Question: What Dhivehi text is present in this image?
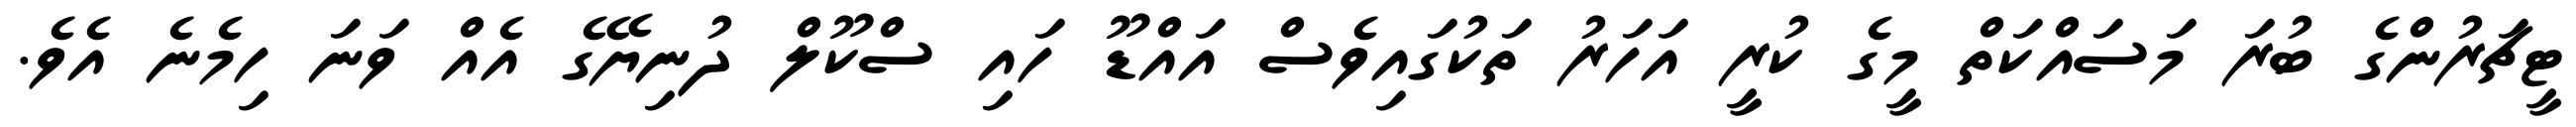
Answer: ޓީޗަރުންގެ ބުރަ މަސައްކަތް މީގެ ކުރީ އަހަރު ތަކުގައިވެސް އައްޑޫ ހައި ސްކޫލް ދުނިޔޭގެ އެއް ވަނަ ހިމެނެ އެވެ.